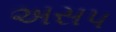
અસપ